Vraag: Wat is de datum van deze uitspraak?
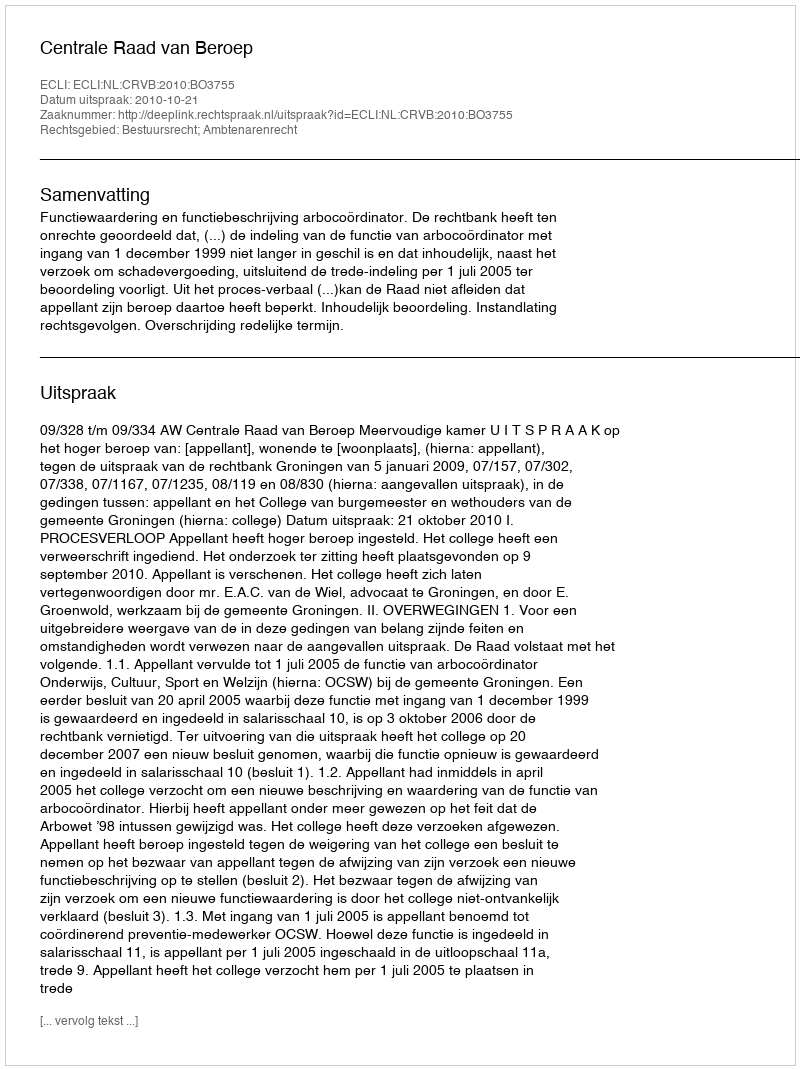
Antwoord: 2010-10-21